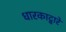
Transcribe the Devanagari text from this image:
धारकाद्वारे